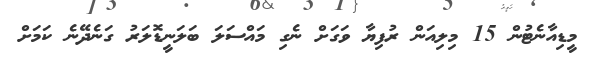
މީޑިއާނެޓުން 15 މިލިއަން ރުފިޔާ ވަގަށް ނެގި މައްސަލަ ބަލަނީޑޮލަރު ގަނެދޭނެ ކަމަށް